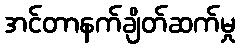
အင်တာနက်ချိတ်ဆက်မှု